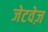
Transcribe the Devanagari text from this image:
जेटवेज़